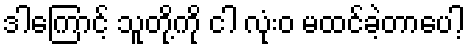
ဒါကြောင့် သူတို့ကို ငါ လုံးဝ မထင်ခဲ့တာပေါ့